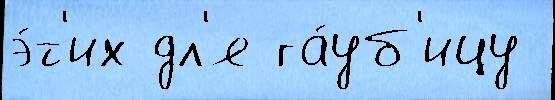
э́т'их дл'я га́уб'ицу